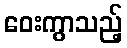
ဝေးကွာသည့်